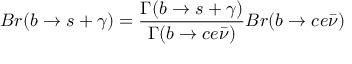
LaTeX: B r ( b \rightarrow s + \gamma ) = \frac { \Gamma ( b \rightarrow s + \gamma ) } { \Gamma ( b \rightarrow c e \bar { \nu } ) } B r ( b \rightarrow c e \bar { \nu } )